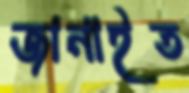
জানাইত